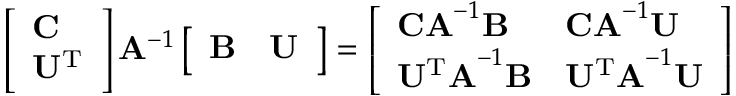
\begin{array} { r } { \left[ \begin{array} { l } { \mathbf { C } } \\ { \mathbf { U ^ { \mathrm { T } } } } \end{array} \right] \mathbf { A } ^ { - 1 } \left[ \begin{array} { l l } { \mathbf { B } } & { \mathbf { U } } \end{array} \right] = \left[ \begin{array} { l l } { \mathbf { C A } ^ { - 1 } \mathbf { B } } & { \mathbf { C A } ^ { - 1 } \mathbf { U } } \\ { \mathbf { U ^ { \mathrm { T } } A } ^ { - 1 } \mathbf { B } } & { \mathbf { U ^ { \mathrm { T } } A } ^ { - 1 } \mathbf { U } } \end{array} \right] } \end{array}